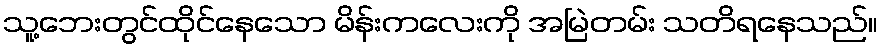
သူ့ဘေးတွင်ထိုင်နေသော မိန်းကလေးကို အမြဲတမ်း သတိရနေသည်။